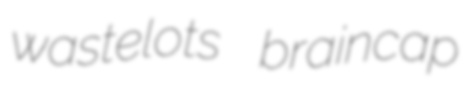
wastelots braincap